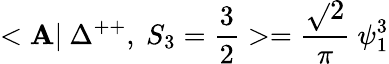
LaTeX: <\mathbf{A}|~\Delta^{++},~S_{3}=\frac{{3}}{{2}}>=\frac{{\sqrt{}{{2}}}}{{\pi}}~\psi_{1}^{3}